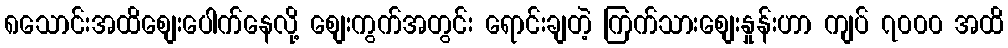
၈သောင်းအထိစျေးပေါက်နေလို့ စျေးကွက်အတွင်း ရောင်းချတဲ့ ကြက်သားစျေးနှုန်းဟာ ကျပ် ၇၀၀၀ အထိ